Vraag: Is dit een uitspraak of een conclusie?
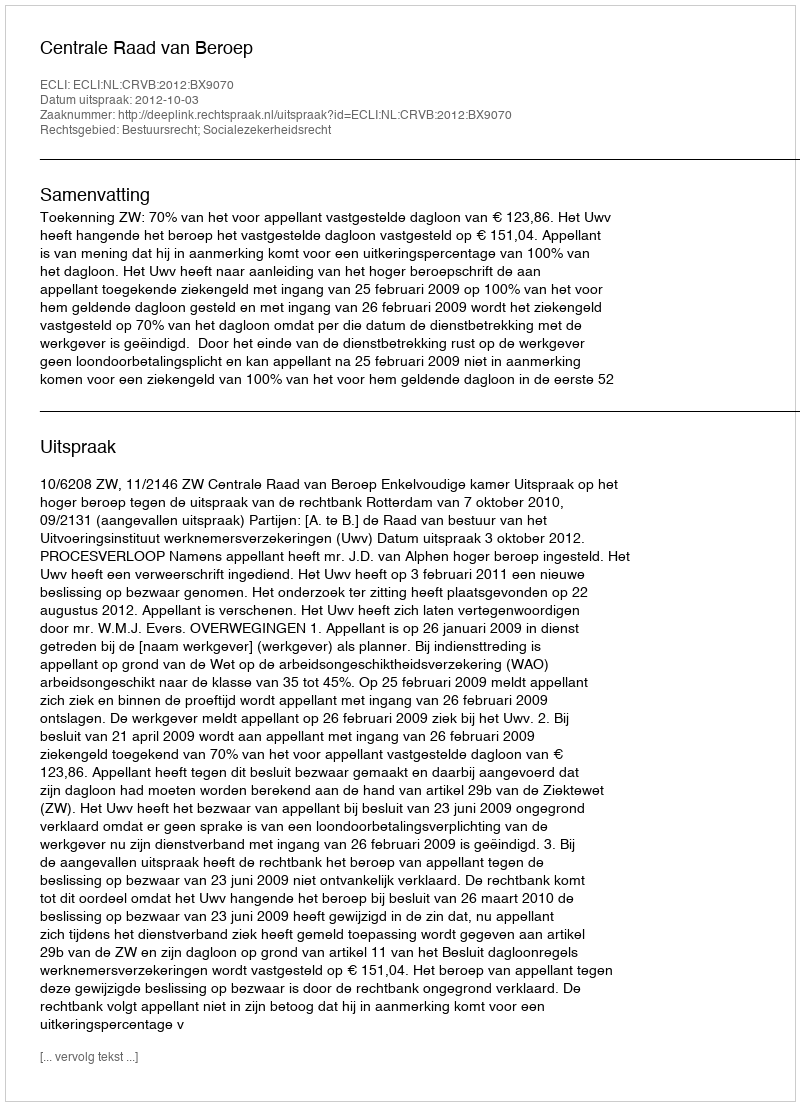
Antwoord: Uitspraak